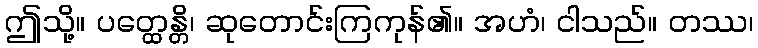
ဤသို့။ ပတ္ထေန္တိ၊ ဆုတောင်းကြကုန်၏။ အဟံ၊ ငါသည်။ တဿ၊